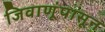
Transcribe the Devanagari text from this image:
जिवाणूंपासून